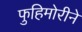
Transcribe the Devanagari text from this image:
फुहिमोरीने